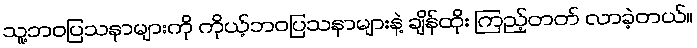
သူ့ဘဝပြသနာများကို ကိုယ့်ဘဝပြသနာများနဲ့ ချိန်ထိုး ကြည့်တတ် လာခဲ့တယ်။